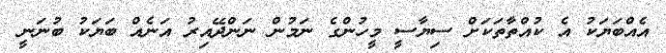
އެއްބަޔަކު އެ ކުއްތާތަކަށް ސިޔާސީ މީހުންގެ ނަމުން ނަންދޭއިރު އަނެއް ބަޔަކު ބުނަނީ